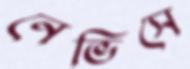
নেভিসে